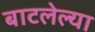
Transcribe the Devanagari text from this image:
बाटलेल्या